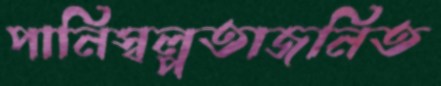
পানিস্বল্পতাজনিত